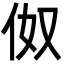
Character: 伮